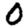
Digit: 0